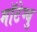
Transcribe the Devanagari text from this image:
मॉटेग्यु